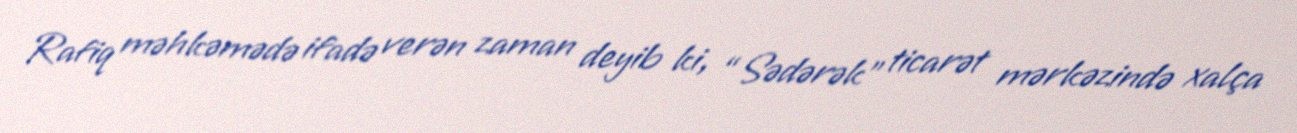
Rafiq məhkəmədə ifadə verən zaman deyib ki, “Sədərək” ticarət mərkəzində xalça